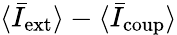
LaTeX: \langle\bar{I}_{\mathrm{ext}}\rangle-\langle\bar{I}_{\mathrm{coup}}\rangle